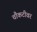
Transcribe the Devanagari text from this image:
चौकटीवर